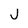
Character: j